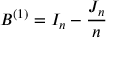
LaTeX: B ^ { ( 1 ) } = I _ { n } - { \frac { J _ { n } } { n } }